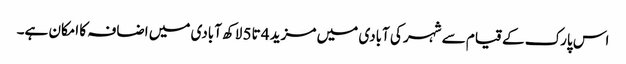
اس پارک کے قیام سے شہر کی آبادی میں مزید 4 تا5 لاکھ آبادی میں اضافہ کا امکان ہے۔